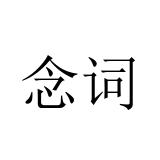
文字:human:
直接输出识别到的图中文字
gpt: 念词